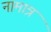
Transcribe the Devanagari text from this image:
नामात्र